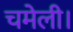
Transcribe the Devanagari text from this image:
चमेली।